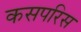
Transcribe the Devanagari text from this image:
कसपरिस